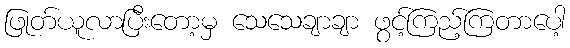
ဖြုတ်ယူလာပြီးတော့မှ သေသေချာချာ ဖွင့်ကြည့်ကြတာပေါ့